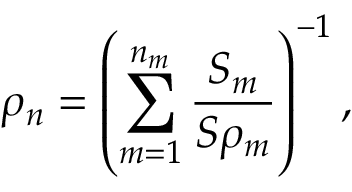
\rho _ { n } = \left( \sum _ { m = 1 } ^ { n _ { m } } \frac { S _ { m } } { S \rho _ { m } } \right) ^ { - 1 } ,